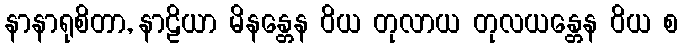
နာနာရုစိတာ, နာဠိယာ မိနန္တေန ဝိယ တုလာယ တုလယန္တေန ဝိယ စ